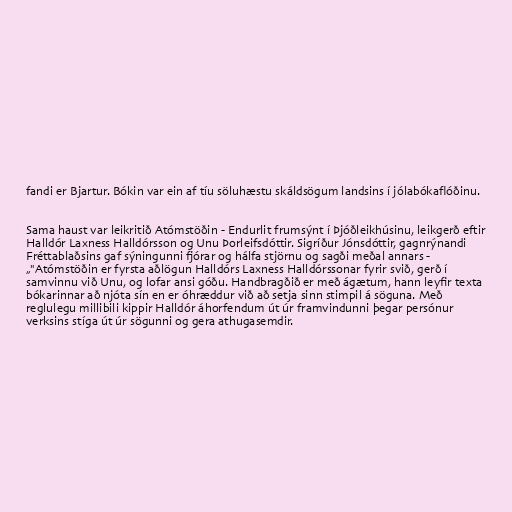
fandi er Bjartur. Bókin var ein af tíu söluhæstu skáldsögum landsins í jólabókaflóðinu.

Sama haust var leikritið Atómstöðin - Endurlit frumsýnt í Þjóðleikhúsinu, leikgerð eftir
Halldór Laxness Halldórsson og Unu Þorleifsdóttir. Sigríður Jónsdóttir, gagnrýnandi
Fréttablaðsins gaf sýningunni fjórar og hálfa stjörnu og sagði meðal annars -
„"Atómstöðin er fyrsta aðlögun Halldórs Laxness Halldórssonar fyrir svið, gerð í
samvinnu við Unu, og lofar ansi góðu. Handbragðið er með ágætum, hann leyfir texta
bókarinnar að njóta sín en er óhræddur við að setja sinn stimpil á söguna. Með
reglulegu millibili kippir Halldór áhorfendum út úr framvindunni þegar persónur
verksins stíga út úr sögunni og gera athugasemdir.